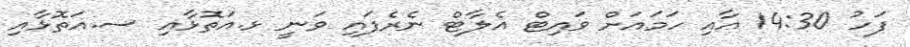
ފަހު 14:30 އާއި ހަމައަށް ވައިޓް އެލާޓް ނެރެފައި ވަނީ ޅ.އަތޮޅާއި ސ.އަތޮޅާއި